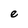
Character: e